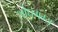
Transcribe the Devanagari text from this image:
शोधगम्‍य